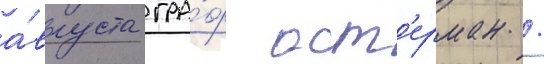
а́вгуста гра́ф ост'ерман /